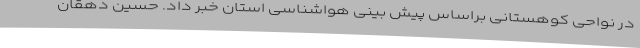
در نواحی کوهستانی براساس پیش بینی هواشناسی استان خبر داد. حسین دهقان